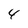
Character: 8